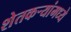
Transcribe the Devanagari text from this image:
शेतकर्‍यांमध्ये